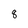
Character: 8